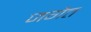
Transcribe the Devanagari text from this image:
जगैत